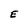
Character: E